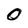
Character: 0